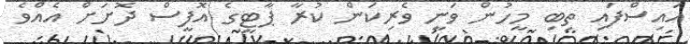
އައިސްފައި ތިބި މީހުން ވަނީ ވެރިކަން ކުރާ ޕާޓީގެ އޮފީސް ދޮށަށް އެއްވެ